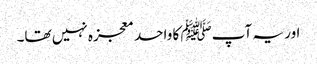
اور یہ آپﷺ کا واحد معجزہ نہیں تھا۔